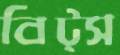
বিট্স